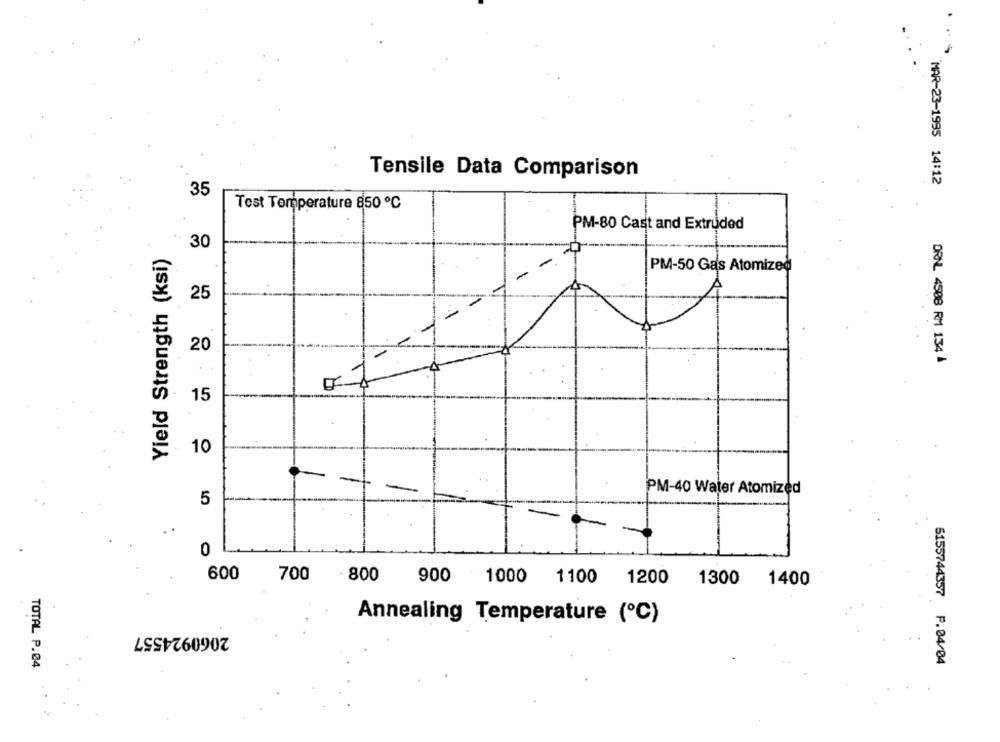
Tensile Data Comparison
MAR-23-1995 14:12
35
Test Temperature 850 ℃
PM-80 Cast and Extruded
30
Yield Strength (ksi)
PM-50 Gas Atomized
25
20
ORNL 4508 RM 134
15
10
PM-40 Water Atomized
5
-
..
0
600
700 - 800
900 1000 1100 1200
1300 1400
Annealing Temperature (℃)
2060924557
TOTAL P.04
6155744357 F.04/04